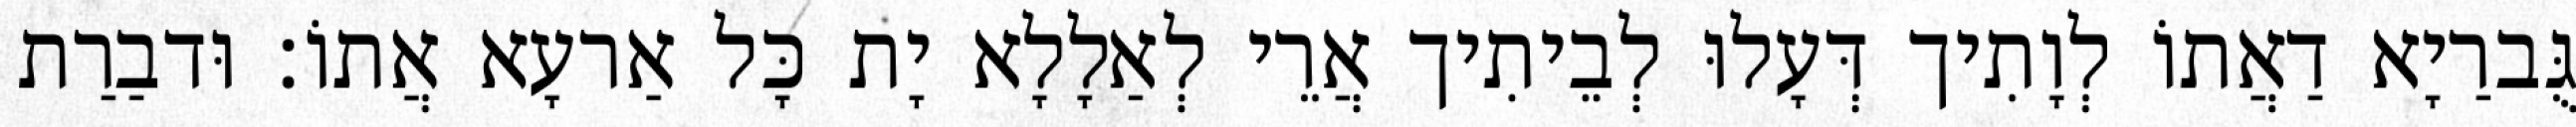
גֻּברַיָא דַאֲתוֹ לְוָתִיך דְּעָלוּ לְבֵיתִיך אֲרֵי לְאַלָלָא יָת כָּל אַרעָא אֲתוֹ׃ וּדבַרַת